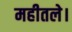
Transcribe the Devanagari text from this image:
महीतले।